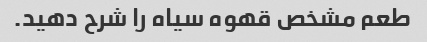
طعم مشخص قهوه سیاه را شرح دهید.